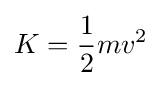
K={\frac {1}{2}}mv^{2}